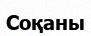
Соқаны